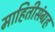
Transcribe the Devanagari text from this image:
माहितीसंग्रह